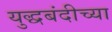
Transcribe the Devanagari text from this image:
युद्धबंदीच्या